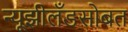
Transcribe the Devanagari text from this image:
न्यूझीलँडसोबत